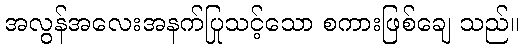
အလွန်အလေးအနက်ပြုသင့်သော စကားဖြစ်ချေ သည်။